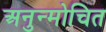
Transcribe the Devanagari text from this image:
अनुन्मोचित